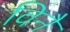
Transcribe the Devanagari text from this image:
विनै